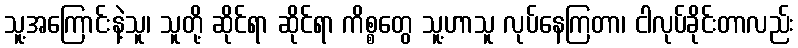
သူ့အကြောင်းနဲ့သူ၊ သူတို့ ဆိုင်ရာ ဆိုင်ရာ ကိစ္စတွေ သူ့ဟာသူ လုပ်နေကြတာ၊ ငါလုပ်ခိုင်းတာလည်း